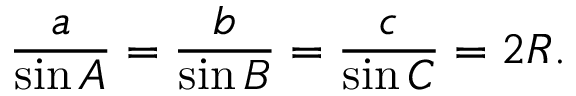
{ \frac { a } { \sin A } } = { \frac { b } { \sin B } } = { \frac { c } { \sin C } } = 2 R .